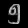
Digit: ၅